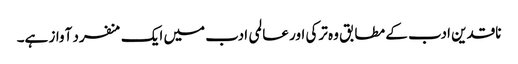
ناقدین ادب کے مطابق وہ ترکی اور عالمی ادب میں ایک منفرد آواز ہے۔